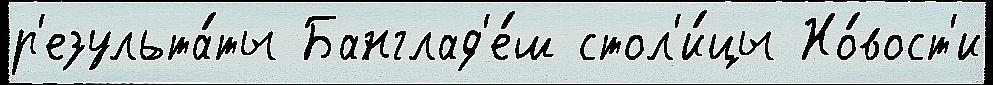
р'езульта́ты Банглад'е́ш стол'и́цы Но́вост'и